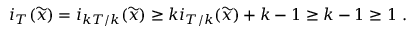
i _ { T } ( \widetilde { x } ) = i _ { k T / k } ( \widetilde { x } ) \ge k i _ { T / k } ( \widetilde { x } ) + k - 1 \ge k - 1 \ge 1 \ .